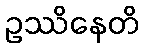
ဥဿိနေတိ